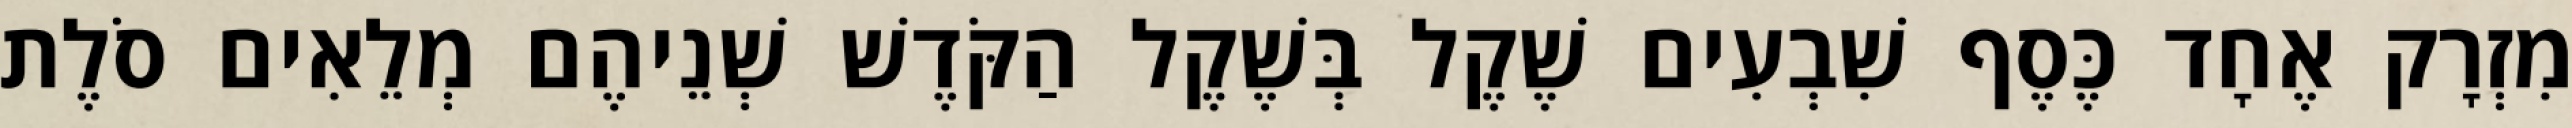
מִזְרָק אֶחָד כֶּסֶף שִׁבְעִים שֶׁקֶל בְּשֶׁקֶל הַקֹּדֶשׁ שְׁנֵיהֶם מְלֵאִים סֹלֶת